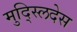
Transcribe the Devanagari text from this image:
मुद्स्लिदेस